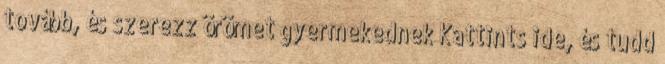
tovább, és szerezz örömet gyermekednek Kattints ide, és tudd